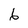
Character: 6